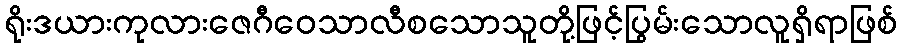
ရိုးဒယားကုလားဇေဂီဝေသာလီစသောသူတို့ဖြင့်ပြွမ်းသောလူရှိရာဖြစ်